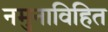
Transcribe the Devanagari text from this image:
नमुनाविहित